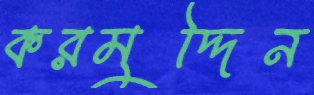
করমুদ্দিন